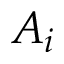
A _ { i }